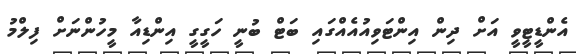
އެންޑީޓީވީ އަށް ދިން އިންޓަވިއުއެއްގައި ބަޓް ބުނީ ހަގީގީ އިންޑިއާ މީހުންނަށް ފިލްމު